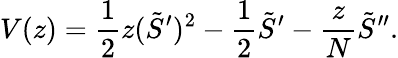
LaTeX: V(z)=\frac 12z(\tilde{S}^{\prime})^{2}-\frac 12\tilde{S}^{\prime}-\frac zN\tilde{S}^{\prime\prime}.